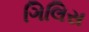
ગિલિસ